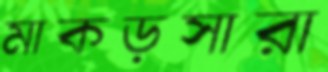
মাকড়সারা